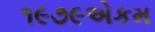
૧૯૭૯એકમ